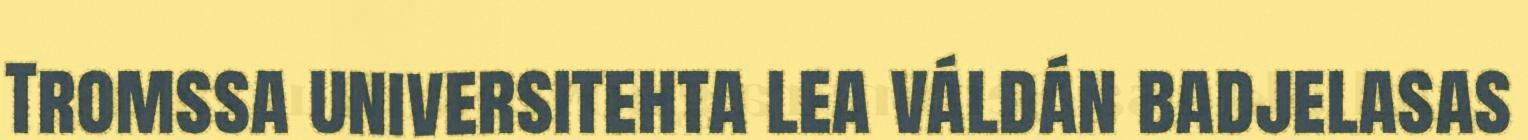
Tromssa universitehta lea váldán badjelasas